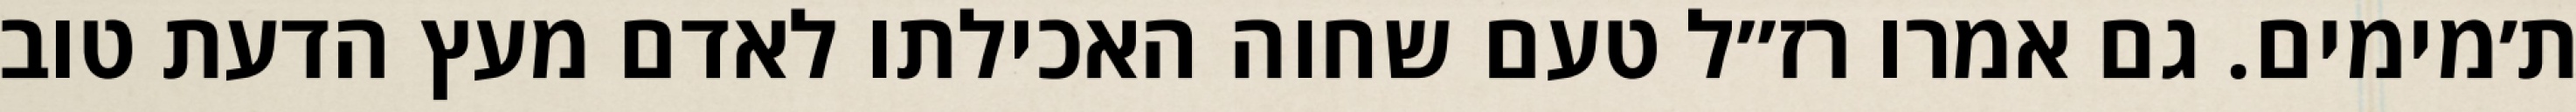
ת׳מימים. גם אמרו רז״ל טעם שחוה האכילתו לאדם מעץ הדעת טוב